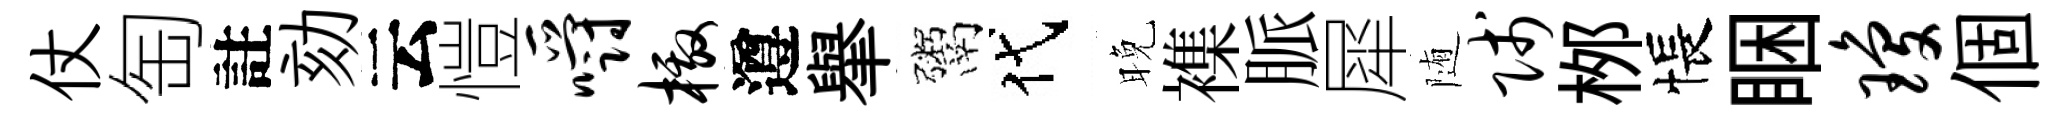
仗匋註劾云愷嚼檄遵𦦙鬻代晚襍脈犀随贱桞悵睏琼個